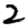
Digit: 2